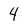
Character: 4